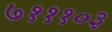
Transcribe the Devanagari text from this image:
७१११०३